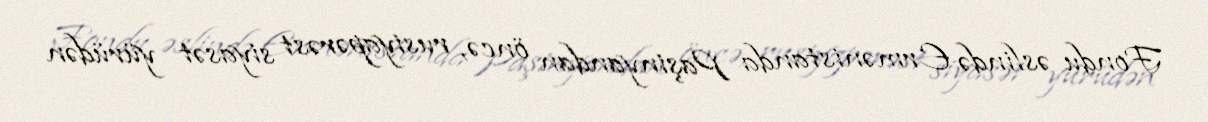
Fondu əslində Ermənistanda Paşinyandan öncə, rusiyapərəst siyasət yürüdən